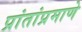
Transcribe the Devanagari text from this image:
प्रांतांप्रमाणे